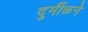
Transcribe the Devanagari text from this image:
दुर्मीळने